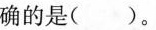
确的是( )。